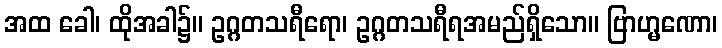
အထ ခေါ၊ ထိုအခါ၌။ ဥဂ္ဂတသရီရော၊ ဥဂ္ဂတသရီရအမည်ရှိသော။ ဗြာဟ္မဏော၊